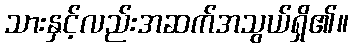
သားနှင့်လည်းအဆက်အသွယ်ရှိ၏။